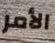
الأمر